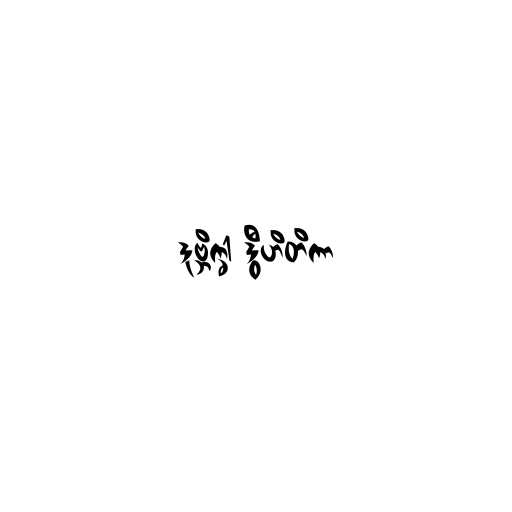
ဒုဗ္ဘိက္ခါ ဒွီဟိတိကာ